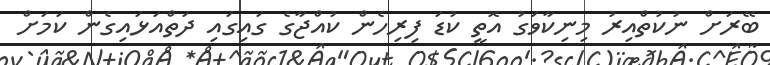
ބޭރަށް ނުކުތްއިރު މިނިކާވަގު އޮތީ ކުޑަ ފިރިހެން ކުއްޖާގެ ގައިގައި ދަތްއަޅައިގެން ކަމަށް